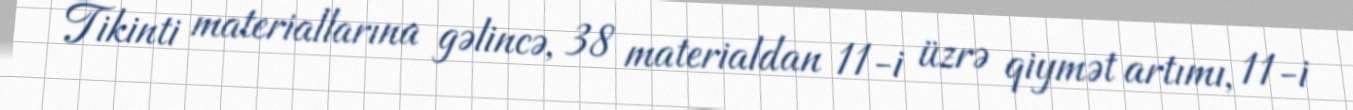
Tikinti materiallarına gəlincə, 38 materialdan 11-i üzrə qiymət artımı, 11-i